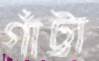
গাঁট্টা